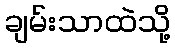
ချမ်းသာထဲသို့